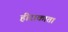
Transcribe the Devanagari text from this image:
हीराकाता